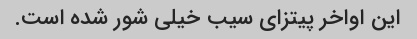
این اواخر پیتزای سیب خیلی شور شده است.